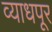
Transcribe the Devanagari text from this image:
व्याधपूर